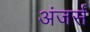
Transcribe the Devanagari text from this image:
अंजर्स